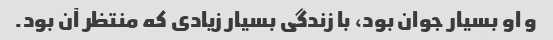
و او بسیار جوان بود، با زندگی بسیار زیادی که منتظر آن بود.